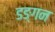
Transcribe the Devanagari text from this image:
डङ्गन